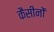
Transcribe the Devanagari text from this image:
कैसीनों